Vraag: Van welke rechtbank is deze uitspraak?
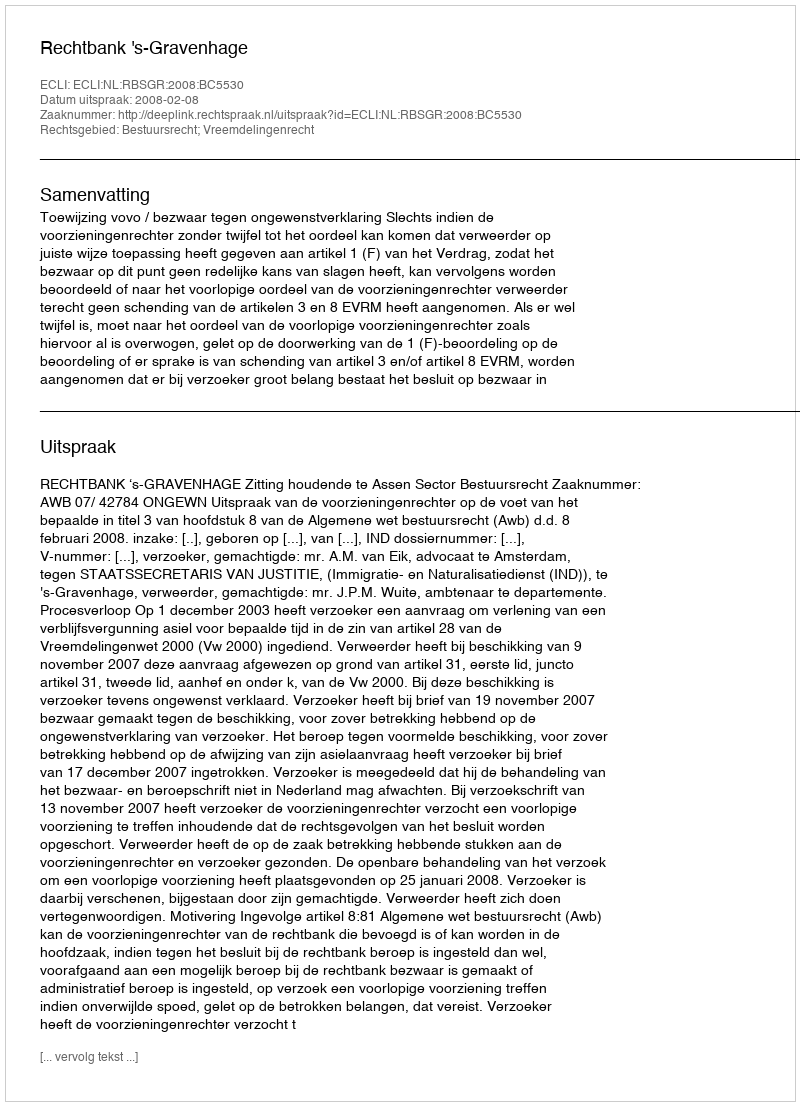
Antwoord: Rechtbank 's-Gravenhage